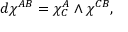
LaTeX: d \chi ^ { A B } = \chi _ { C } ^ { A } \wedge \chi ^ { C B } ,